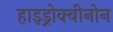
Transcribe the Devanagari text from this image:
हाइड्रोक्वीनोन